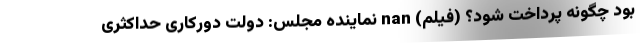
بود چگونه پرداخت شود؟ (فیلم) nan نماینده مجلس: دولت دورکاری حداکثری